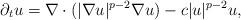
LaTeX: \begin{align*}\partial_{t}u = \nabla \cdot (|\nabla u|^{p-2} \nabla u) - c |u|^{p-2} u ,\end{align*}